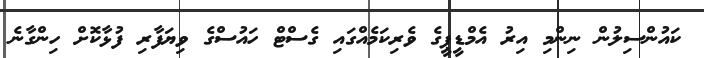
ކައުންސިލުން ނިންމި އިރު އެމްޑީޕީގެ ވެރިކަމެއްގައި ގެސްޓް ހައުސްގެ ވިޔަފާރި ފުޅާކޮށް ހިންގާނެ